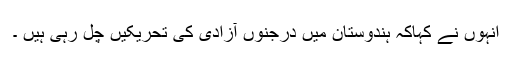
انہوں نے کہاکہ ہندوستان میں درجنوں آزادی کی تحریکیں چل رہی ہیں ۔